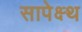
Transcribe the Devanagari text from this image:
सापेक्ष्थ